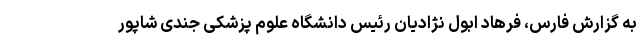
به گزارش فارس، فرهاد ابول نژادیان رئیس دانشگاه علوم پزشکی جندی شاپور